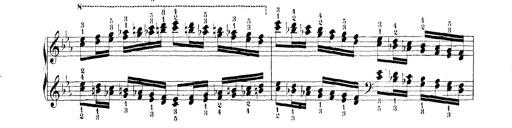
Title: Technische Studien
Composer: Franz Liszt